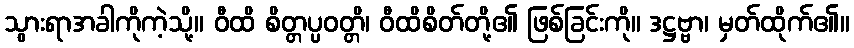
သွားရာအခါကိုကဲ့သို့။ ဝီထိ စိတ္တပ္ပဝတ္တိ၊ ဝီထိစိတ်တို့၏ ဖြစ်ခြင်းကို။ ဒဋ္ဌဗ္ဗာ၊ မှတ်ထိုက်၏။